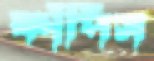
ফাঁপিস